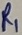
Text: R1